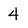
Character: 4